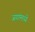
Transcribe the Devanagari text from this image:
जगांमध्ये